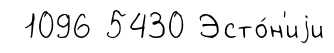
1096 5430 Эсто́н'иjи